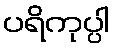
ပရိကုပ္ပါ